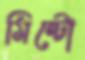
মিন্টো